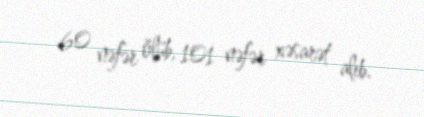
60 nəfər ölüb, 101 nəfər xəsarət alıb.